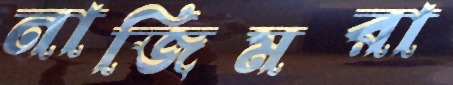
নাজিমরা